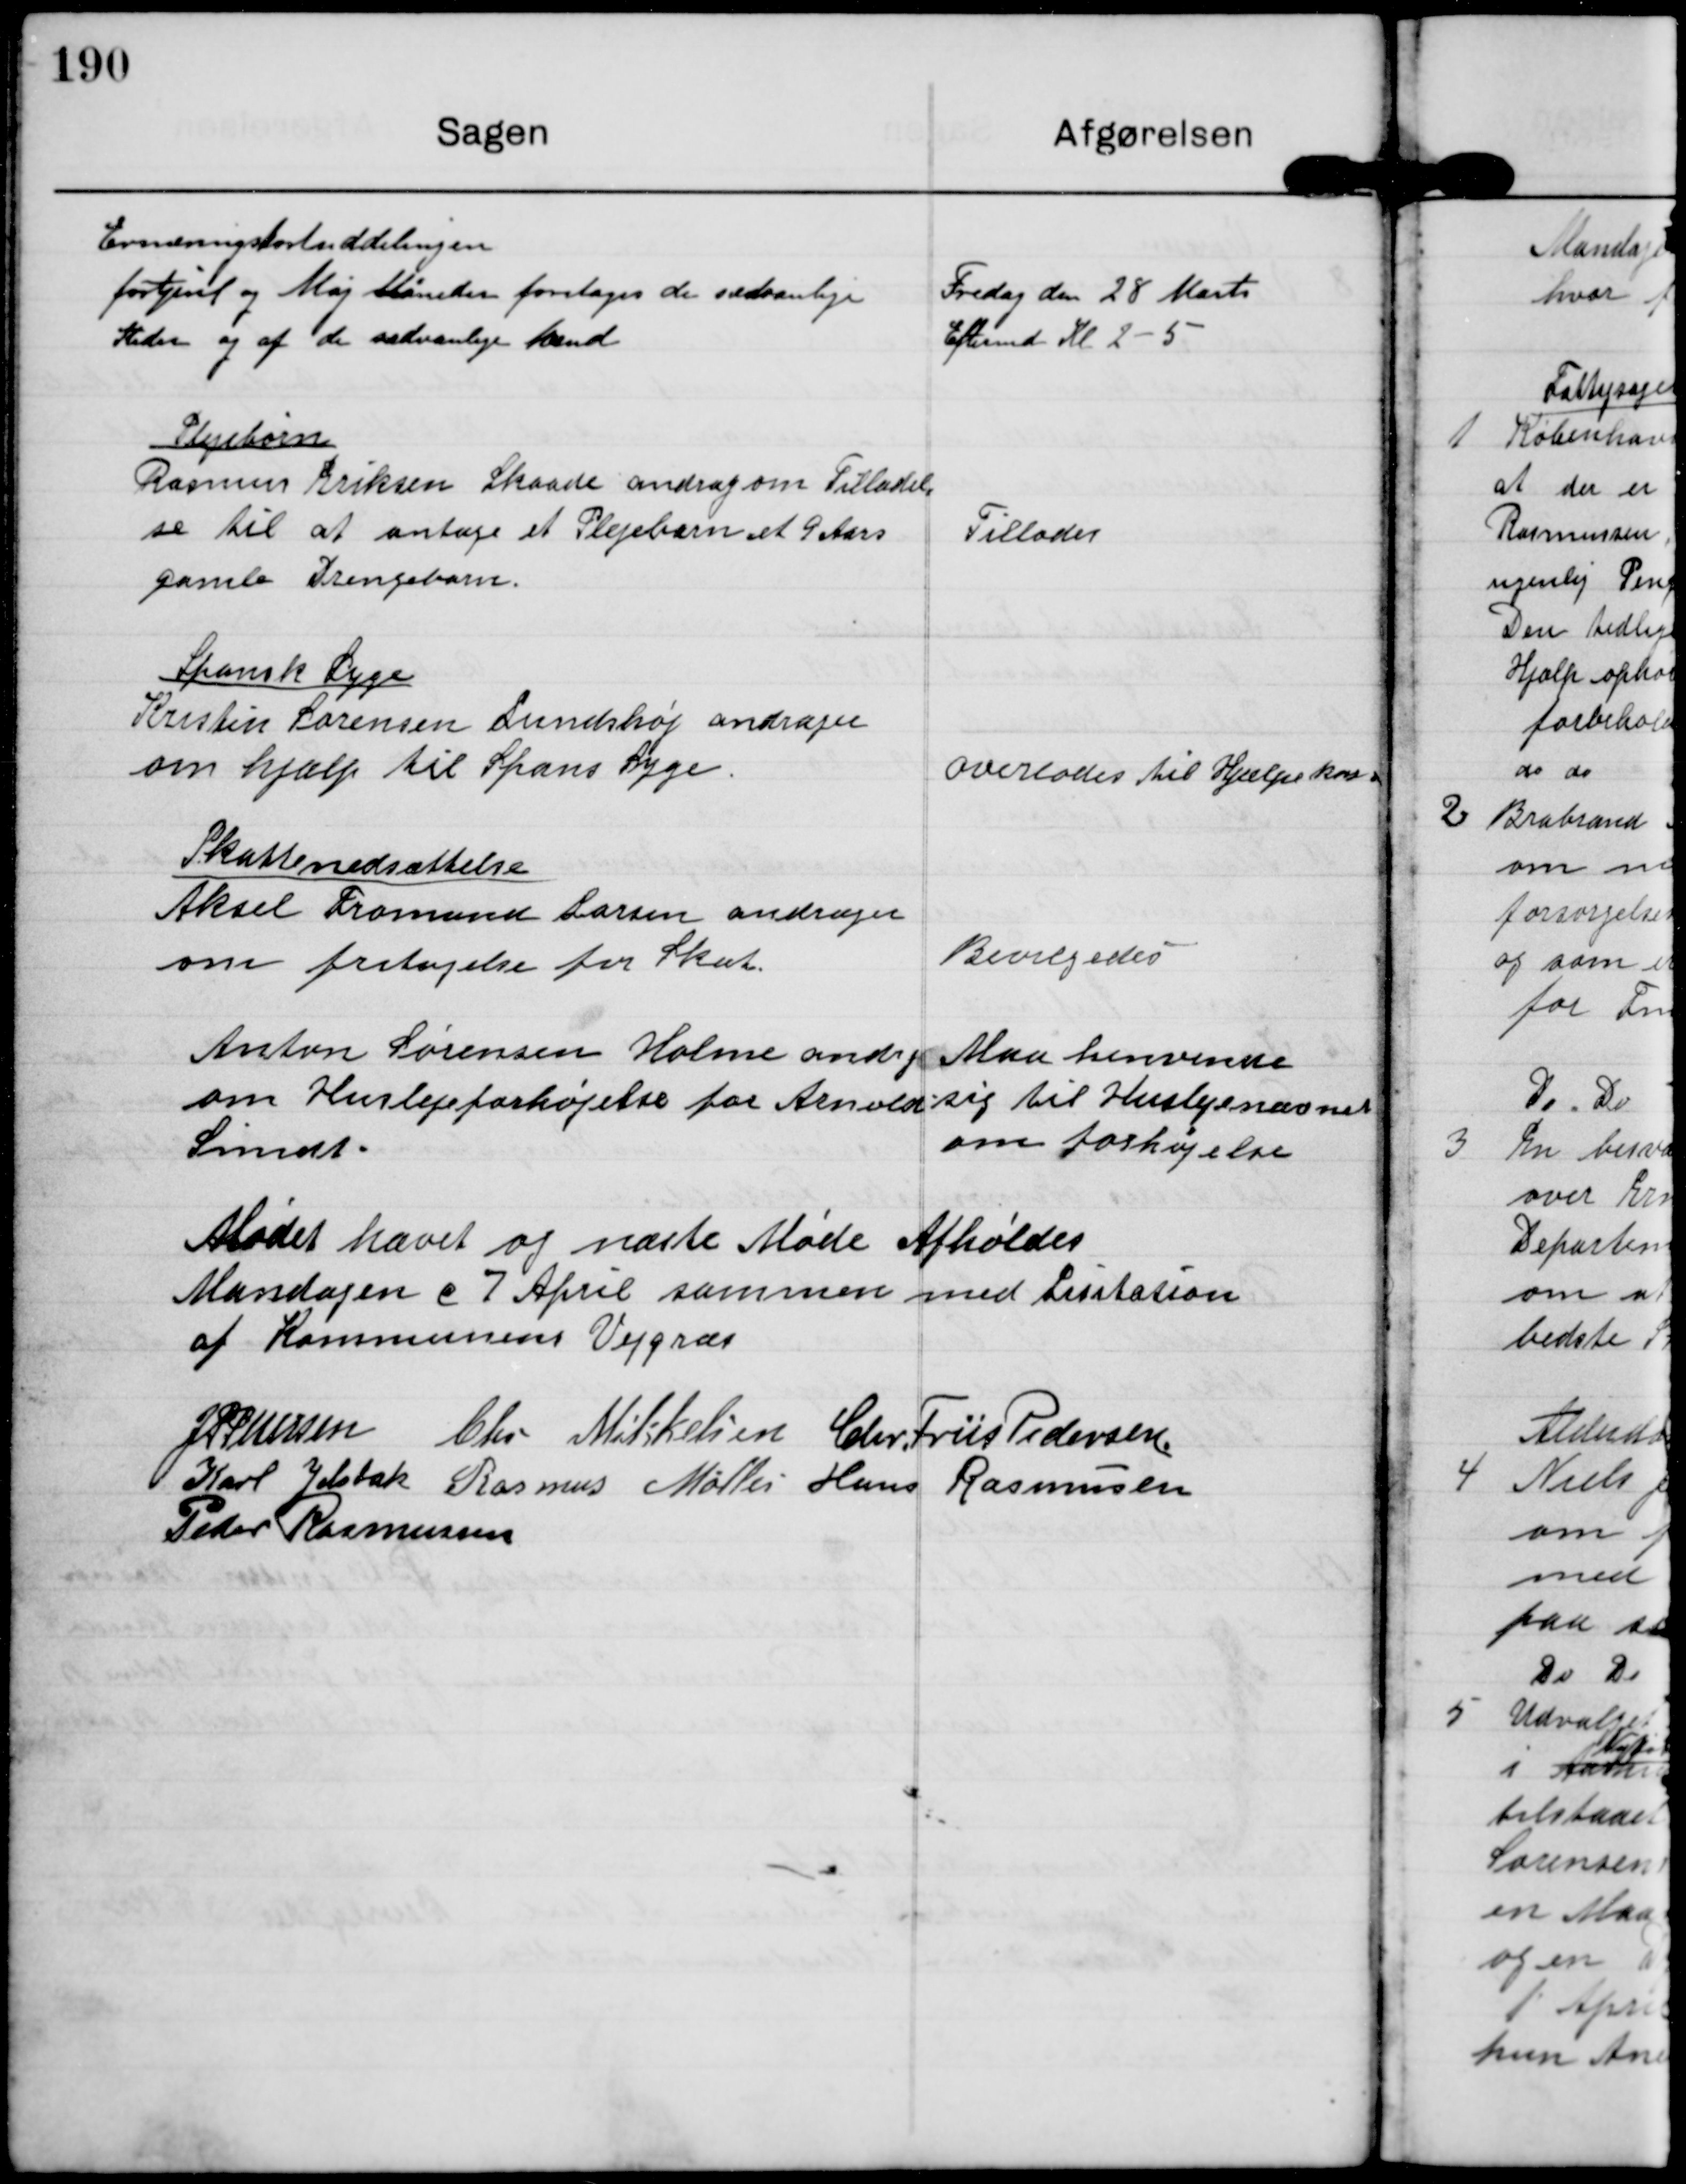
Transskription:
Ernæringskortuddelingen
fortjent og Maj Måneder foretages de sædvanlige
Steder og af de sædvanlige Mænd

Fredag den 28 Marts
Eftermd. Kl. 2-5

Plejebørn
Rasmus Eriksen Skaade androg om Tilladel-
se til at antage et Plejebarn et 9 Aars
gamle Drengebarn

Tillades

Spansk Syge
Kristin Sørensen Lundshøj andrager
om hjælp til Spans Syge

overlades til Hjælpekassen

Skattenedsættelse
Aksel Fromand Larsen andrager
om fritagelse for Skat

Bevilgedes

Anton Sørensen Holme androg
om Huslejeforhøjelse fra Arnold
Smidt.

Maa henvende
sig til Huslejenævnet
om forhøjelse

Mødet hævet og næste Møde Afholdes
Mandagen d 7 April sammen med Lisitation
af Kommunens Vejgræs

J P Pedersen

Chr. Mikkelsen

Chr. Friis Pedersen

Karl Jelsbak

Rasmus Møller

Hans Rasmussen

Peder Rasmussen